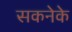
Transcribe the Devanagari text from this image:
सकनेके